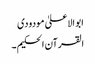
ابو الاعلیٰ مودودی
القرآن الحکیم ۔